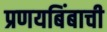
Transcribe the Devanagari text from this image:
प्रणयबिंबाची